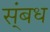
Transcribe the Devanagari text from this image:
स्ंबध